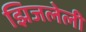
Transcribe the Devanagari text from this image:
झिजलेली